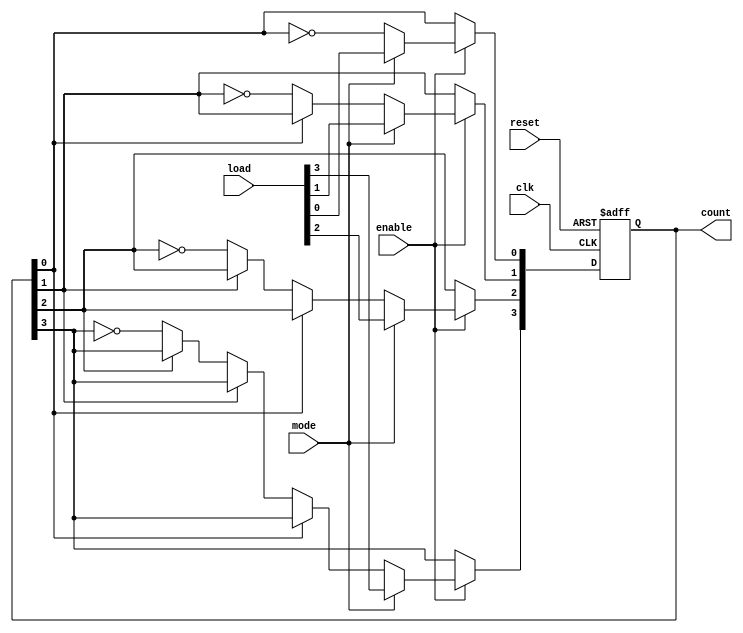
module Chained_Parallel_Counter (
    input wire clk,            // Clock signal
    input wire reset,          // Asynchronous reset
    input wire enable,         // Enable signal for counting
    input wire mode,           // Mode selection: 0 for chained, 1 for parallel
    input wire [N-1:0] load,   // Load value for parallel mode
    output reg [N-1:0] count   // Counter output
);
    parameter N = 4;          // Number of bits in the counter

    // Chained mode logic
    always @(posedge clk or posedge reset) begin
        if (reset) begin
            count <= 0;        // Reset count to 0
        end else if (enable) begin
            if (mode == 0) begin // Chained mode
                // Chained counting logic
                count[0] <= ~count[0]; // Toggle LSB
                if (count[0] == 0) begin
                    count[1] <= ~count[1]; // Toggle next bit if LSB went from 1 to 0
                    if (count[1] == 0) begin
                        count[2] <= ~count[2]; // Continue for other bits
                        if (count[2] == 0) begin
                            count[3] <= ~count[3];
                        end
                    end
                end
            end else begin // Parallel mode
                count <= load; // Load the value directly
            end
        end
    end

endmodule